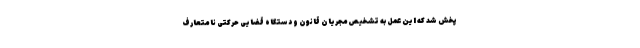
پخش شد که این عمل به تشخیص مجریان قانون و دستگاه قضایی حرکتی نامتعارف